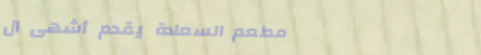
مطعم السعادة يقدم أشهى ال